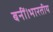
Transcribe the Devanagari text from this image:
बनीं।भारतीय